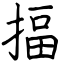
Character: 揊